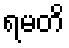
ရမတိ